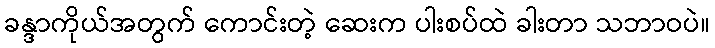
ခန္ဒာကိုယ်အတွက် ကောင်းတဲ့ ဆေးက ပါးစပ်ထဲ ခါးတာ သဘာဝပဲ။